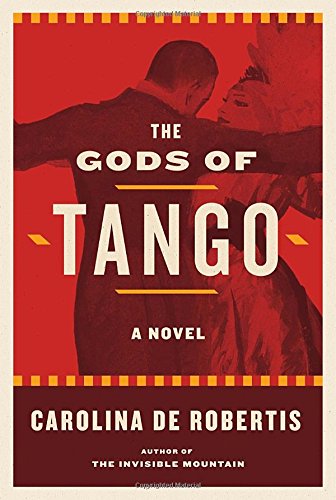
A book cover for The Gods of Tango: A novel; Carolina De Robertis; Romance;